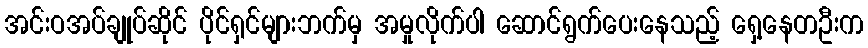
အင်းဝအပ်ချုပ်ဆိုင် ပိုင်ရှင်များဘက်မှ အမှုလိုက်ပါ ဆောင်ရွက်ပေးနေသည့် ရှေ့နေတဦးက